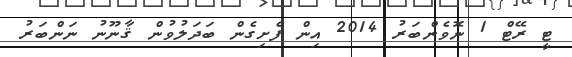
ޓީ ރޭޓް 1 ނޮވެންބަރު 2014 އިން ފެށިގެން ބަދަލުވުން ޤާނޫނު ނަންބަރު